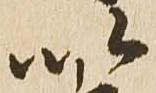
以